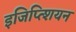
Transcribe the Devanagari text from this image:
इजिप्त्शियन